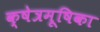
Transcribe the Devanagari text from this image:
क्षेत्रमूषिका